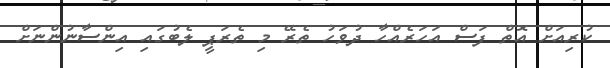
ކުރިއަށް އޮތް ފަސް އަހަރެއްހާ ދުވަހު ތެރޭ މި ތެރަޕީ ލެބުގައި އިންސާނުންނަށް